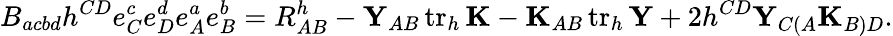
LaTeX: B_{acbd}h^{CD}e_{C}^{c}e_{D}^{d}e_{A}^{a}e_{B}^{b}=R_{AB}^{h}-\textup{\textbf Y}_{AB}\operatorname{tr}_{h}\textup{\textbf K}-\textup{\textbf K}_{AB}\operatorname{tr}_{h}\textup{\textbf Y}+2h^{CD}\textup{\textbf Y}_{C(A}\textup{\textbf K}_{B)D}.